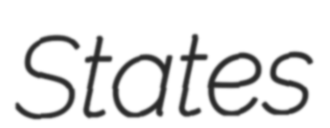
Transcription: States